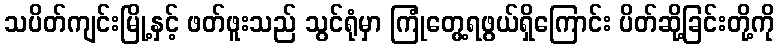
သပိတ်ကျင်းမြို့နှင့် ဖတ်ဖူးသည် သွင်ရုံမှာ ကြုံတွေ့ရဖွယ်ရှိကြောင်း ပိတ်ဆို့ခြင်းတို့ကို